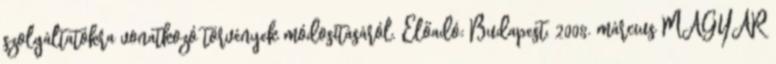
szolgáltatókra vonatkozó törvények módosításáról. Előadó: Budapest, 2008. március MAGYAR